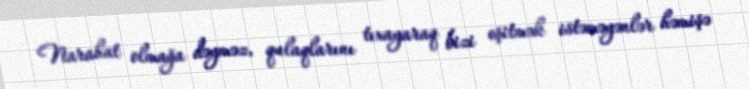
Narahat olmağa dəyməz, qulaqlarını tıxayaraq bizi eşitmək istəməyənlər həmişə